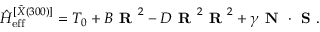
\hat { H } _ { \mathrm { e f f } } ^ { [ \tilde { X } ( 3 0 0 ) ] } = T _ { 0 } + B \textbf { R } ^ { 2 } - D \textbf { R } ^ { 2 } \textbf { R } ^ { 2 } + \gamma \textbf { N } \cdot \textbf { S } .